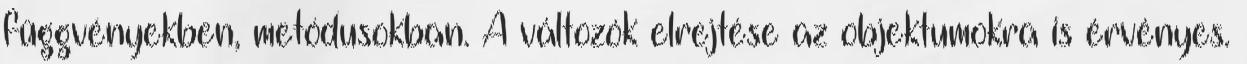
függvényekben, metódusokban. A változók elrejtése az objektumokra is érvényes.